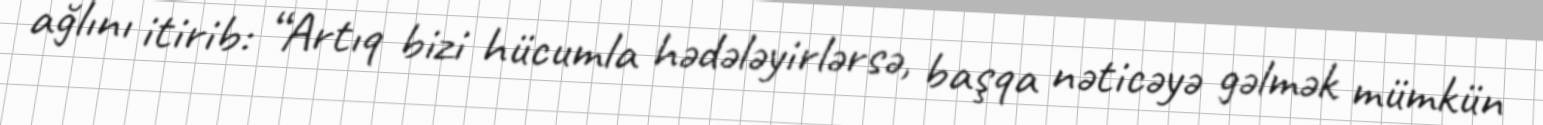
ağlını itirib: “Artıq bizi hücumla hədələyirlərsə, başqa nəticəyə gəlmək mümkün